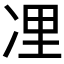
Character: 𠗔